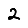
Digit: 2